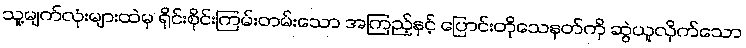
သူ့မျက်လုံးများထဲမှ ရိုင်းစိုင်းကြမ်းတမ်းသော အကြည့်နှင့် ပြောင်းတိုသေနတ်ကို ဆွဲယူလိုက်သော